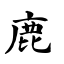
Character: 鹿